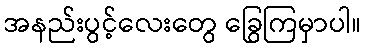
အနည်းပွင့်လေးတွေ ခြွေကြမှာပါ။